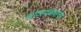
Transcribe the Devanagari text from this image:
कोठावळ्यांचा